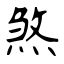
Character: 煞